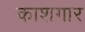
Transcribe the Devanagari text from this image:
काशगार